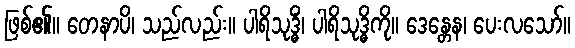
ဖြစ်၏။ တေနာပိ၊ သည်လည်း။ ပါရိသုဒ္ဓိံ၊ ပါရိသုဒ္ဓိကို။ ဒေန္တေန၊ ပေးလသော်။